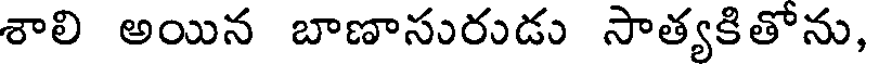
శాలి అయిన బాణాసురుడు సాత్యకితోను,